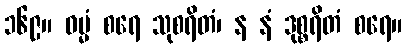
၁၆၉။ ဓမ္မံ စရေ သုစရိတံ၊ န နံ ဒုစ္စရိတံ စရေ။